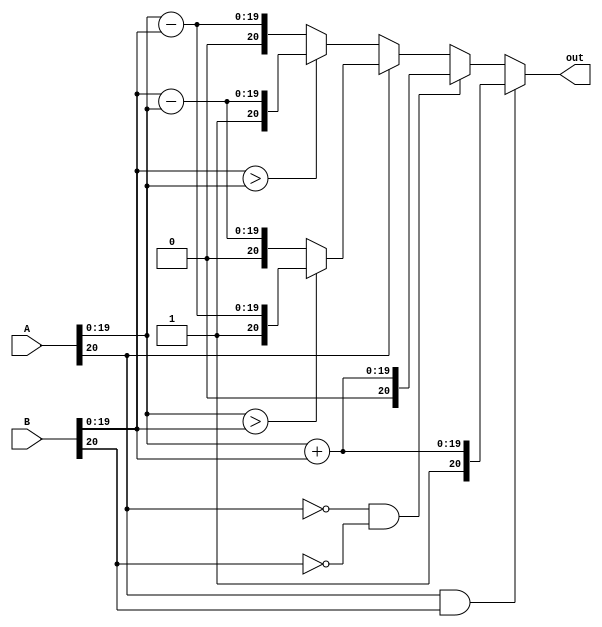
`timescale 1ns / 1ps
//////////////////////////////////////////////////////////////////////////////////
// Company: 
// Engineer: 
// 
// Design Name: 
// Module Name:    Adder 
// Project Name: 
// Target Devices: 
// Tool versions: 
// Description: 
//
// Dependencies: 
//
// Revision: 
// Revision 0.01 - File Created
// Additional Comments: 
//
//////////////////////////////////////////////////////////////////////////////////
module Adder(
    input[20:0] A,
    input[20:0] B,
    output reg[20:0] out
    );
	 initial begin
	 out = 21'b0;
	 end
	 
	always@(A,B)begin
		if(A[20] == 1'b1 && B[20] == 1'b1)begin
			out = {1'b1,(A[19:0]+B[19:0])};
		end
		
		else if(A[20] == 1'b0 && B[20] == 1'b0)begin
			out = {1'b0,(A[19:0]+B[19:0])};
		end
		
		else begin
		
			if(A[20] == 1'b1)begin
			
				if(A[19:0] > B[19:0])
					out = {1'b1,(A[19:0]-B[19:0])};
				else 
					out = {1'b0,(B[19:0]-A[19:0])};
			end
			
			else begin
			
				if(B[19:0] > A[19:0])
					out = {1'b1,(B[19:0]-A[19:0])};
				else 
					out = {1'b0,(A[19:0]-B[19:0])};
					
			end
			
		end
		
	end

endmodule